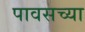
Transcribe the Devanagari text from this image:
पावसच्या